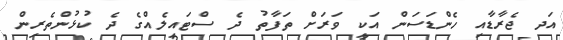
އަދ ޖެރާޑާއި ހެންޑަސަން އަކީ ވަރަށް ތަފާތު ދެ ސްޓައިލެއްގެ ދެ ކުޅުންތެރިން